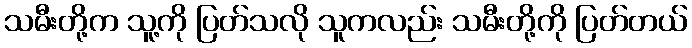
သမီးတို့က သူ့ကို ပြတ်သလို သူကလည်း သမီးတို့ကို ပြတ်တယ်